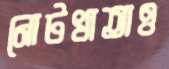
নোটখাতাও